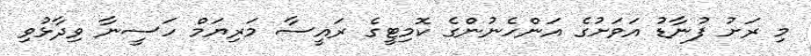
މި ރަށު ފުނާޑު އަވަށުގެ އަންހެނުންގެ ކޮމިޓީގެ ރައީސާ މަރިޔަމް ހަސީނާ ވިދާޅުވި